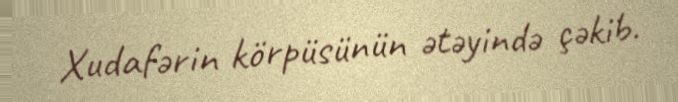
Xudafərin körpüsünün ətəyində çəkib.